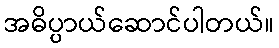
အဓိပ္ပာယ်ဆောင်ပါတယ်။